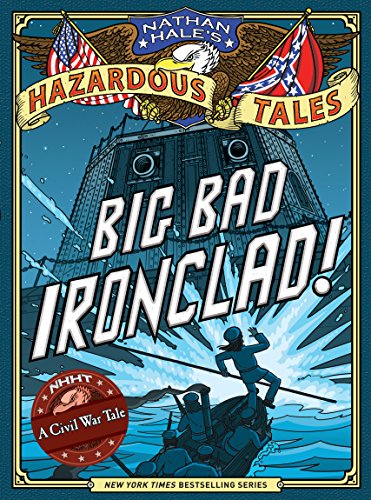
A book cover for Nathan Hale's Hazardous Tales: Big Bad Ironclad!; Nathan Hale; History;